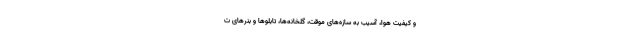
و کیفیت هوا، آسیب به سازه‌های موقت، گلخانه‌ها، تابلوها و بنرهای ت